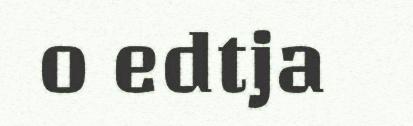
o edtja